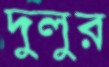
দুলুর